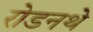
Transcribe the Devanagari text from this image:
रोडनथे